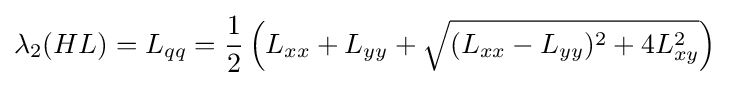
\lambda _{2}(HL)=L_{qq}={\frac {1}{2}}\left(L_{xx}+L_{yy}+{\sqrt {(L_{xx}-L_{yy})^{2}+4L_{xy}^{2}}}\right)